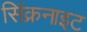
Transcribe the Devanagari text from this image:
सिंक्रनाइट